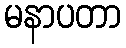
မနာပတာ